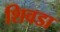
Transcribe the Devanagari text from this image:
शिवडा